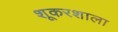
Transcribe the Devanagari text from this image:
शूकरशाला